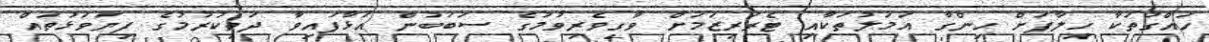
ހައްގުތަކާ ހިލާފަށް ހިންގާ އަމަލުތަކާއި ޓެރަރިޒަމަށް ވާގިވެރިވުމުގެ ސަބަބުން އަޅާފައިވާ ދަތިކުރުމުގެ ފިޔަވަޅުތައް